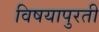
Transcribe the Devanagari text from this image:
विषयापुरती